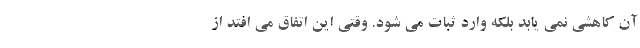
آن کاهشی نمی یابد بلکه وارد ثبات می شود. وقتی این اتفاق می افتد از